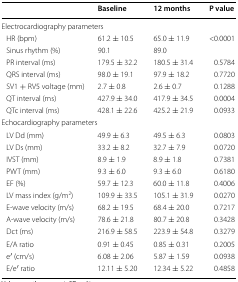
<table><thead><tr><td></td><td><b>Baseline</b></td><td><b>12 months</b></td><td><b>P value</b></td></tr></thead><tbody><tr><td colspan="4">Electrocardiography parameters</td></tr><tr><td> HR (bpm)</td><td>61.2 ± 10.5</td><td>65.0 ± 11.9</td><td>&lt;0.0001</td></tr><tr><td> Sinus rhythm (%)</td><td>90.1</td><td>89.0</td><td></td></tr><tr><td> PR interval (ms)</td><td>179.5 ± 32.2</td><td>180.5 ± 31.4</td><td>0.5784</td></tr><tr><td> QRS interval (ms)</td><td>98.0 ± 19.1</td><td>97.9 ± 18.2</td><td>0.7720</td></tr><tr><td> SV1 + RV5 voltage (mm)</td><td>2.7 ± 0.8</td><td>2.6 ± 0.7</td><td>0.1288</td></tr><tr><td> QT interval (ms)</td><td>427.9 ± 34.0</td><td>417.9 ± 34.5</td><td>0.0004</td></tr><tr><td> QTc interval (ms)</td><td>428.1 ± 22.6</td><td>425.2 ± 21.9</td><td>0.0933</td></tr><tr><td colspan="4">Echocardiography parameters</td></tr><tr><td> LV Dd (mm)</td><td>49.9 ± 6.3</td><td>49.5 ± 6.3</td><td>0.0803</td></tr><tr><td> LV Ds (mm)</td><td>33.2 ± 8.2</td><td>32.7 ± 7.9</td><td>0.0720</td></tr><tr><td> IVST (mm)</td><td>8.9 ± 1.9</td><td>8.9 ± 1.8</td><td>0.7381</td></tr><tr><td> PWT (mm)</td><td>9.3 ± 6.0</td><td>9.3 ± 6.0</td><td>0.6180</td></tr><tr><td> EF (%)</td><td>59.7 ± 12.3</td><td>60.0 ± 11.8</td><td>0.4006</td></tr><tr><td> LV mass index (g/m<sup>2</sup>)</td><td>109.9 ± 33.5</td><td>105.1 ± 31.9</td><td>0.0270</td></tr><tr><td> E-wave velocity (m/s)</td><td>68.2 ± 19.5</td><td>68.4 ± 20.0</td><td>0.7217</td></tr><tr><td> A-wave velocity (m/s)</td><td>78.6 ± 21.8</td><td>80.7 ± 20.8</td><td>0.3428</td></tr><tr><td> Dct (ms)</td><td>216.9 ± 58.5</td><td>223.9 ± 54.8</td><td>0.3279</td></tr><tr><td> E/A ratio</td><td>0.91 ± 0.45</td><td>0.85 ± 0.31</td><td>0.2005</td></tr><tr><td> e′ (cm/s)</td><td>6.08 ± 2.06</td><td>5.87 ± 1.59</td><td>0.0938</td></tr><tr><td> E/e′ ratio</td><td>12.11 ± 5.20</td><td>12.34 ± 5.22</td><td>0.4858</td></tr></tbody></table>